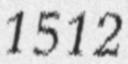
1512